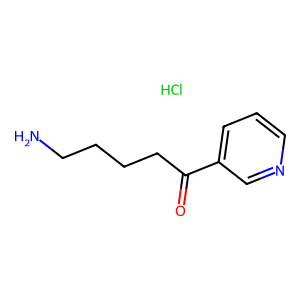
SMILES: Cl.NCCCCC(=O)c1cccnc1
Inhibits HIV replication: No